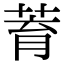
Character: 𦱀